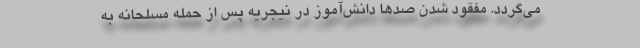
می‌گردد. مفقود شدن صدها دانش‌آموز در نیجریه پس از حمله مسلحانه به